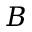
\boldsymbol { B }